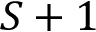
S + 1